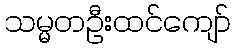
သမ္မတဦးထင်ကျော်